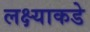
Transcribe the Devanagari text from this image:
लक्ष्याकडे